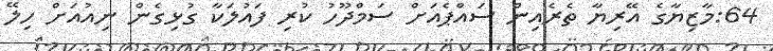
64:މާޒިޔާގެ އޭރިޔާ ތެރެއިން ސައްޕެއަށް ސަމްދޫހު ކުރި ފައުލަކާ ގުޅިގެން ނިއުއަށް ހިލޭ